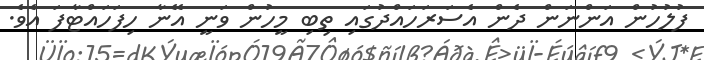
ފުލުހުން އަންނަން ދެން އެސަރަހައްދުގައި ތިބިި މީހުން ވަނީ އޭނާ ހިފަހައްޓާފަ އެވެ.